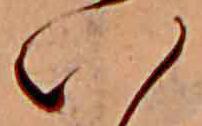
い